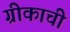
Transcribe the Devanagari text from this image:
ग्रीकाची